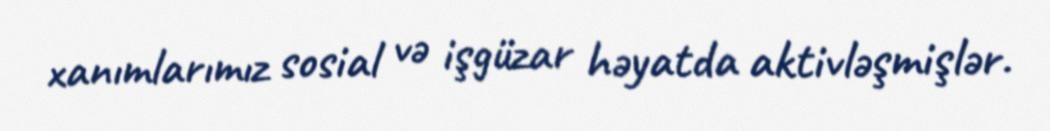
xanımlarımız sosial və işgüzar həyatda aktivləşmişlər.